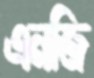
এনজি